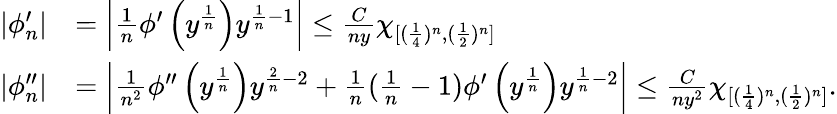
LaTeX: \begin{array}{rl}{|\phi_{n}^{\prime}|}&{=\left|\frac{1}{n}\phi^{\prime}\left(y^{\frac{1}{n}}\right)y^{\frac{1}{n}-1}\right|\leq\frac{C}{ny}\chi_{[(\frac 14)^{n},(\frac 1{2})^{n}]}}\\ {|\phi_{n}^{\prime\prime}|}&{=\left|\frac{1}{n^{2}}\phi^{\prime\prime}\left(y^{\frac{1}{n}}\right)y^{\frac{2}{n}-2}+\frac 1n(\frac 1n-1)\phi^{\prime}\left(y^{\frac{1}{n}}\right)y^{\frac{1}{n}-2}\right|\leq\frac{C}{ny^{2}}\chi_{[(\frac 14)^{n},(\frac 1{2})^{n}]}.}\end{array}